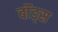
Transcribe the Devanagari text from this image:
बॉंड्स